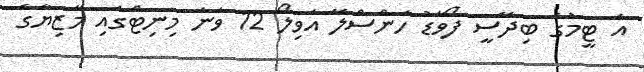
އެ ޓީމުގެ ބިދޭސީ ފޯވާޑު ހަންސްލޭ އަވިލޯ 12 ވަނަ މިނިޓްގައި މާޒިޔާގެ